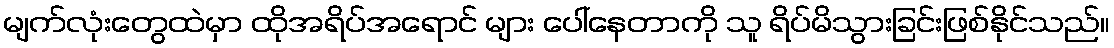
မျက်လုံးတွေထဲမှာ ထိုအရိပ်အရောင် များ ပေါ်နေတာကို သူ ရိပ်မိသွားခြင်းဖြစ်နိုင်သည်။